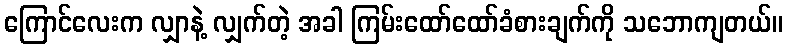
ကြောင်လေးက လျှာနဲ့ လျှက်တဲ့ အခါ ကြမ်းထော်ထော်ခံစားချက်ကို သဘောကျတယ်။